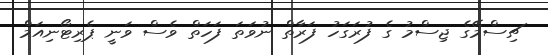
ޗިސްމޭގެ ޖިސްމު ގެ ފުރަގަހު ފަރާތް ނުވަތަ ފަހަތް ވެސް ވަނީ ޕެރިޓޯނިއަމް